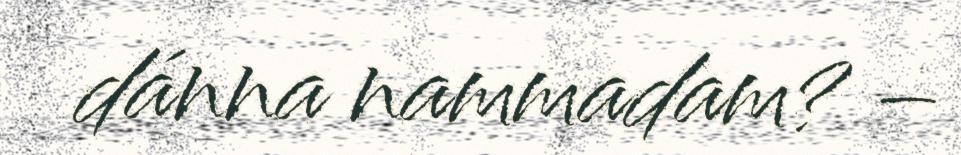
dánna nammadam? –